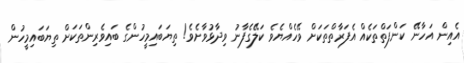
އެއިން އަހާނޭ ކަންފަތްތަކެއް އެފަރާތްތަކަށް ވޭހެއްޔެވެ ކަލޭގެފާނު ވިދާޅުވާށެވެ! ތިޔަބައިމީހުންގެ ބައިވެރިންތަކަށް ތިޔަބައިމީހުން